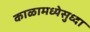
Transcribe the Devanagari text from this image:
काळामध्येसुध्दा